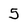
Character: 5